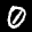
Label: 0